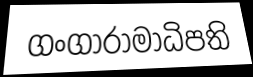
ගංගාරාමාධිපති